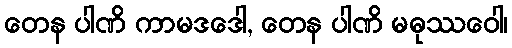
တေန ပါဏိ ကာမဒဒေါ, တေန ပါဏိ မဓုဿဝေါ၊